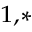
^ { 1 , * }